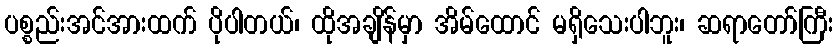
ပစ္စည်းအင်အားထက် ပိုပါတယ်၊ ထိုအချိန်မှာ အိမ်ထောင် မရှိသေးပါဘူး၊ ဆရာတော်ကြီး